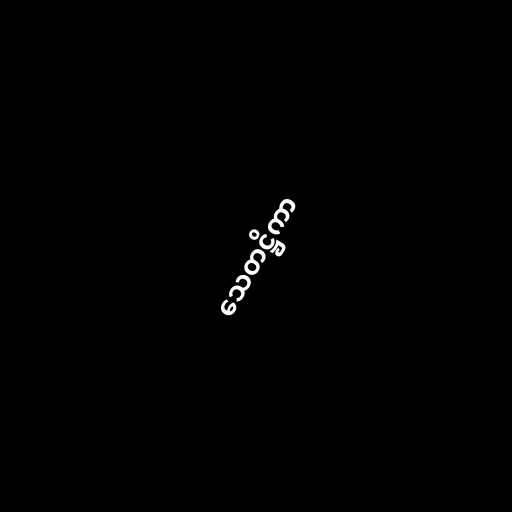
သေတဋ္ဌိကာ